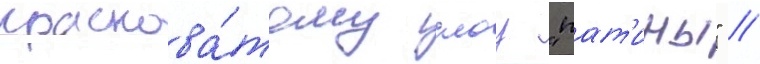
краснова́тому слоу "пат'ины" //